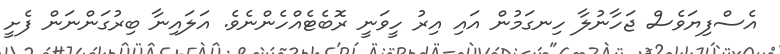
އެސްފިޔަވެސް ޖަހާނުލާ ހިނގަމުން އައި އިރު ހީވަނީ ރޮބެޓެއްހެންނެވެ. އަލައިނާ ބިރުގަންނަން ފެށީ